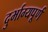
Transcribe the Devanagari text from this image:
दुर्भाग्यपू्‌र्ण